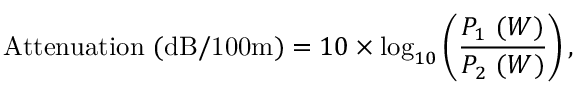
{ \mathrm { A t t e n u a t i o n ~ ( d B / 1 0 0 m ) } } = 1 0 \times \log _ { 1 0 } \left( { \frac { P _ { 1 } \ ( W ) } { P _ { 2 } \ ( W ) } } \right) ,